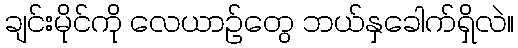
ချင်းမိုင်ကို လေယာဉ်တွေ ဘယ်နှခေါက်ရှိလဲ။